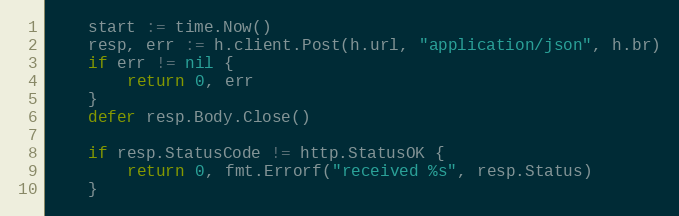
Language: Go
	start := time.Now()
	resp, err := h.client.Post(h.url, "application/json", h.br)
	if err != nil {
		return 0, err
	}
	defer resp.Body.Close()

	if resp.StatusCode != http.StatusOK {
		return 0, fmt.Errorf("received %s", resp.Status)
	}